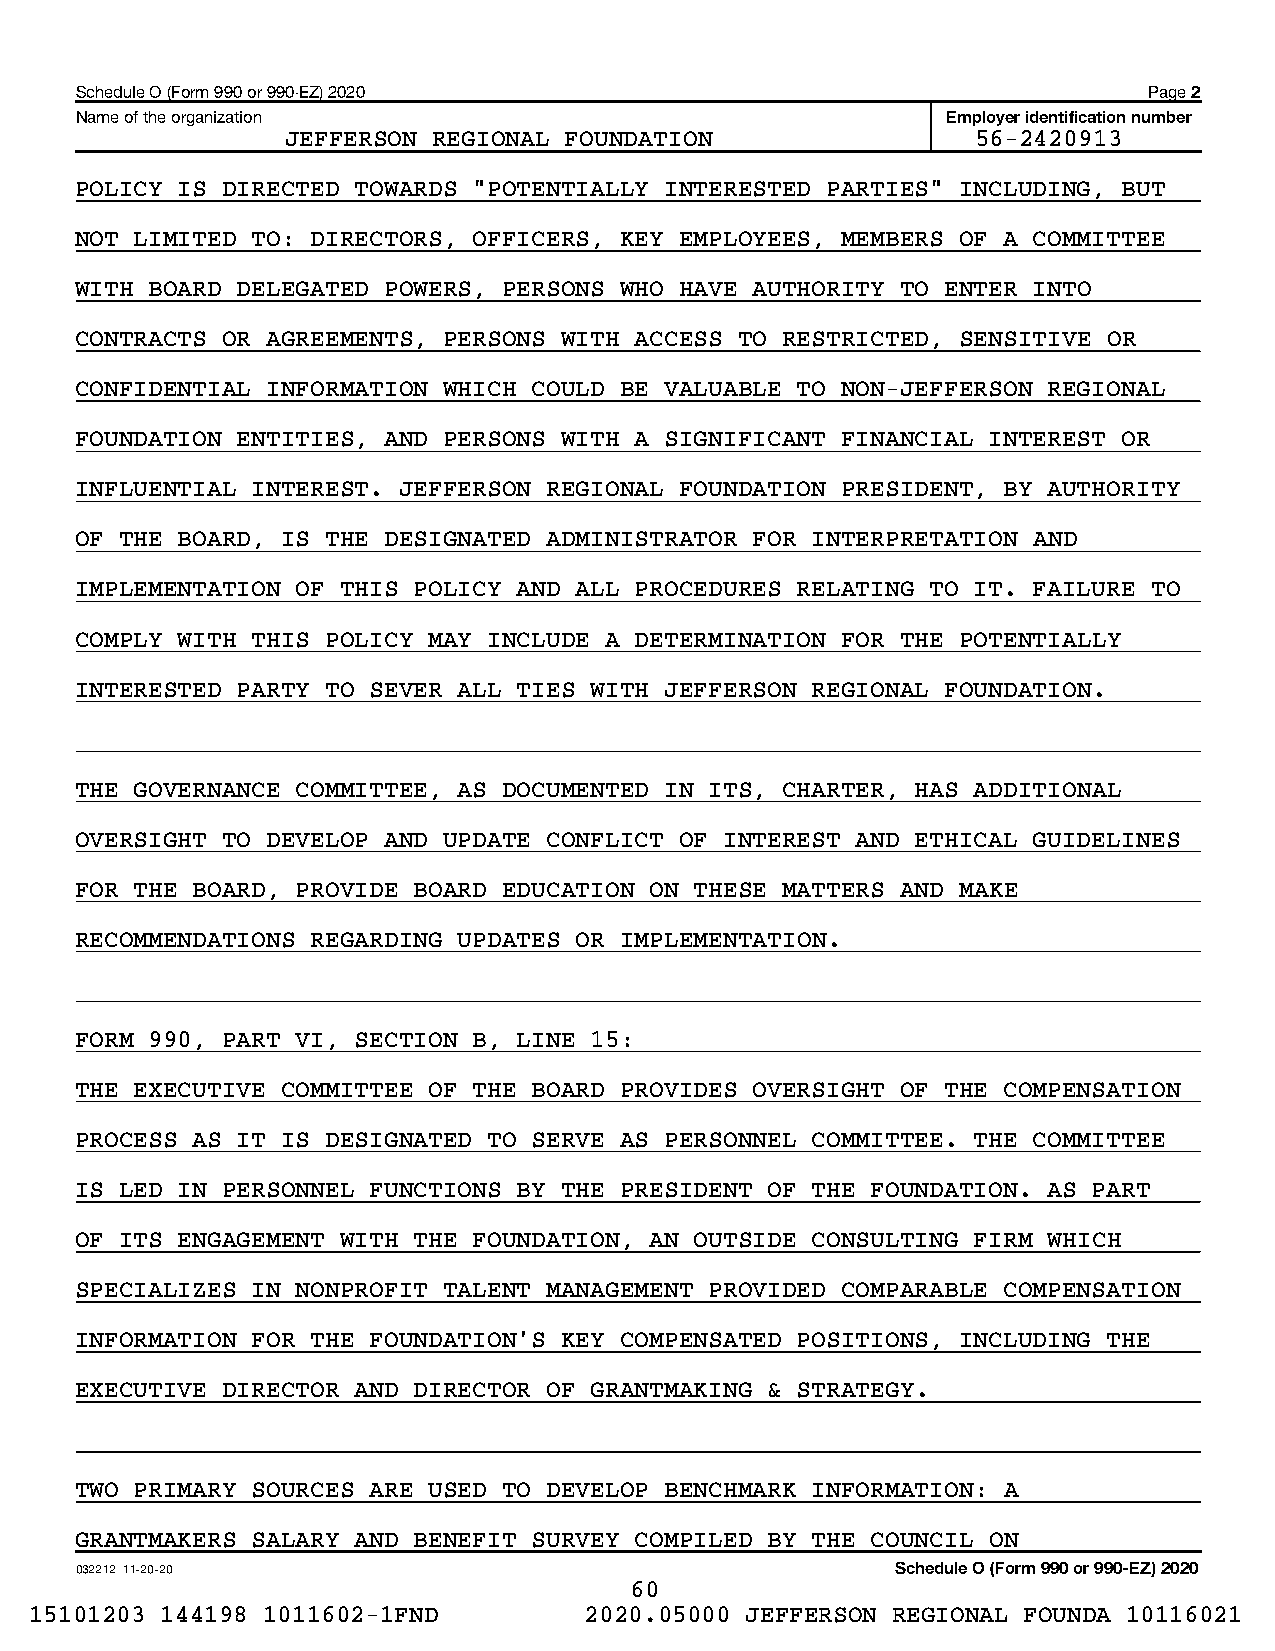
Schedule O (Form 990 or 990-EZ) 2020                                   Page 2
 Name of the organization                                  Employer identification number
 JEFFERSON REGIONAL FOUNDATION                 56-2420913
 POLICY IS DIRECTED TOWARDS "POTENTIALLY INTERESTED PARTIES" INCLUDING, BUT
 NOT LIMITED TO: DIRECTORS, OFFICERS, KEY EMPLOYEES, MEMBERS OF A COMMITTEE
 WITH BOARD DELEGATED POWERS, PERSONS WHO HAVE AUTHORITY TO ENTER INTO
 CONTRACTS OR AGREEMENTS, PERSONS WITH ACCESS TO RESTRICTED, SENSITIVE OR
 CONFIDENTIAL INFORMATION WHICH COULD BE VALUABLE TO NON-JEFFERSON REGIONAL
 FOUNDATION ENTITIES, AND PERSONS WITH A SIGNIFICANT FINANCIAL INTEREST OR
 INFLUENTIAL INTEREST. JEFFERSON REGIONAL FOUNDATION PRESIDENT, BY AUTHORITY
 OF THE BOARD, IS THE DESIGNATED ADMINISTRATOR FOR INTERPRETATION AND
 IMPLEMENTATION OF THIS POLICY AND ALL PROCEDURES RELATING TO IT. FAILURE TO
 COMPLY WITH THIS POLICY MAY INCLUDE A DETERMINATION FOR THE POTENTIALLY
 INTERESTED PARTY TO SEVER ALL TIES WITH JEFFERSON REGIONAL FOUNDATION.
 THE GOVERNANCE COMMITTEE, AS DOCUMENTED IN ITS, CHARTER, HAS ADDITIONAL
 OVERSIGHT TO DEVELOP AND UPDATE CONFLICT OF INTEREST AND ETHICAL GUIDELINES
 FOR THE BOARD, PROVIDE BOARD EDUCATION ON THESE MATTERS AND MAKE
 RECOMMENDATIONS REGARDING UPDATES OR IMPLEMENTATION.
 FORM 990, PART VI, SECTION B, LINE 15:
 THE EXECUTIVE COMMITTEE OF THE BOARD PROVIDES OVERSIGHT OF THE COMPENSATION
 PROCESS AS IT IS DESIGNATED TO SERVE AS PERSONNEL COMMITTEE. THE COMMITTEE
 IS LED IN PERSONNEL FUNCTIONS BY THE PRESIDENT OF THE FOUNDATION. AS PART
 OF ITS ENGAGEMENT WITH THE FOUNDATION, AN OUTSIDE CONSULTING FIRM WHICH
 SPECIALIZES IN NONPROFIT TALENT MANAGEMENT PROVIDED COMPARABLE COMPENSATION
 INFORMATION FOR THE FOUNDATION'S KEY COMPENSATED POSITIONS, INCLUDING THE
 EXECUTIVE DIRECTOR AND DIRECTOR OF GRANTMAKING & STRATEGY.
 TWO PRIMARY SOURCES ARE USED TO DEVELOP BENCHMARK INFORMATION: A
 GRANTMAKERS SALARY AND BENEFIT SURVEY COMPILED BY THE COUNCIL ON
 032212 11-20-20                                       Schedule O (Form 990 or 990-EZ) 2020
 60
 15101203 144198 1011602-1FND         2020.05000 JEFFERSON REGIONAL FOUNDA 10116021